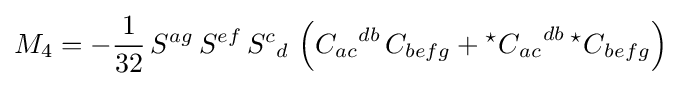
M_{4}=-{\frac {1}{32}}\,S^{ag}\,S^{ef}\,{S^{c}}_{d}\,\left({C_{ac}}^{db}\,C_{befg}+{{{}^{\star }C}_{ac}}^{db}\,{{}^{\star }C}_{befg}\right)